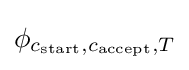
\phi _{c_{\text{start}},c_{\text{accept}},T}